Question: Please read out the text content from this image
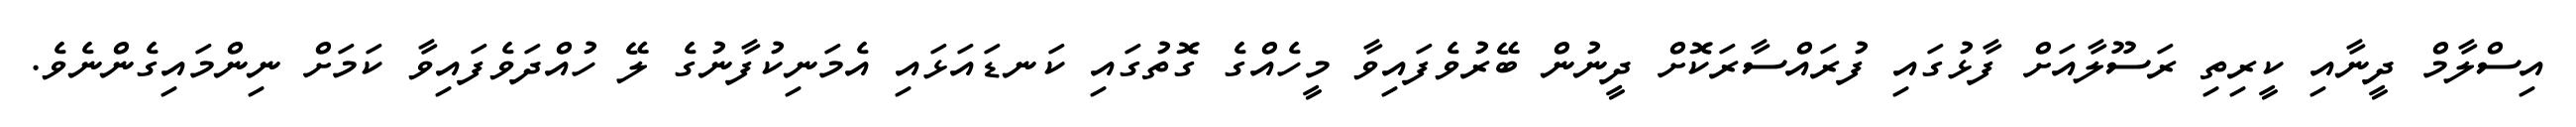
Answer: އިސްލާމް ދީނާއި ކީރިތި ރަސޫލާއަށް ފާޅުގައި ފުރައްސާރަކޮށް ދީނުން ބޭރުވެފައިވާ މީހެއްގެ ގޮތުގައި ކަނޑައަޅައި އެމަނިކުފާނުގެ ލޭ ހުއްދަވެފައިވާ ކަމަށް ނިންމައިގެންނެވެ.